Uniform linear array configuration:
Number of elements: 12
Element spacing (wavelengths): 0.75
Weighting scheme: blackman
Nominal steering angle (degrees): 0
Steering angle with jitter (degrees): -1.613
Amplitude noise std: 0.05
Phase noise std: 0.05

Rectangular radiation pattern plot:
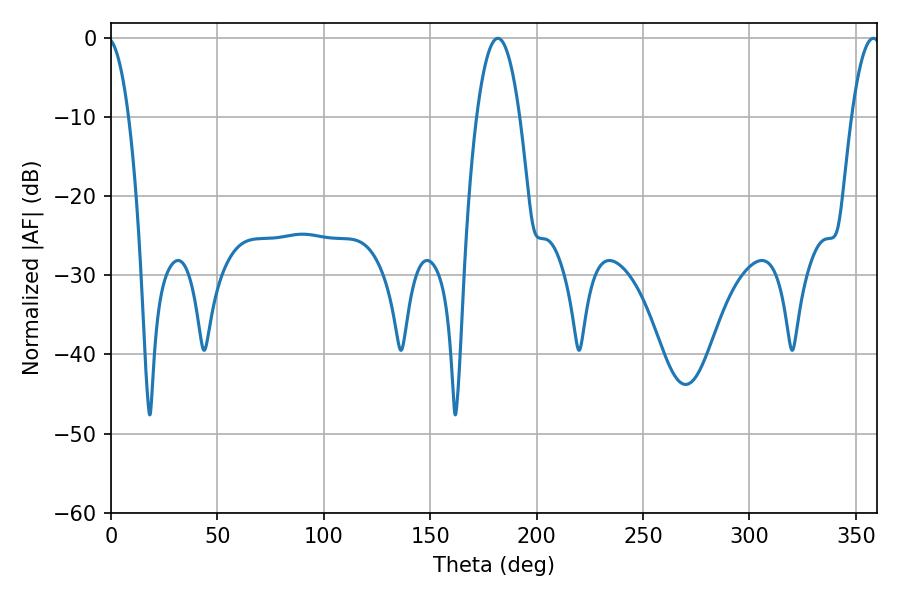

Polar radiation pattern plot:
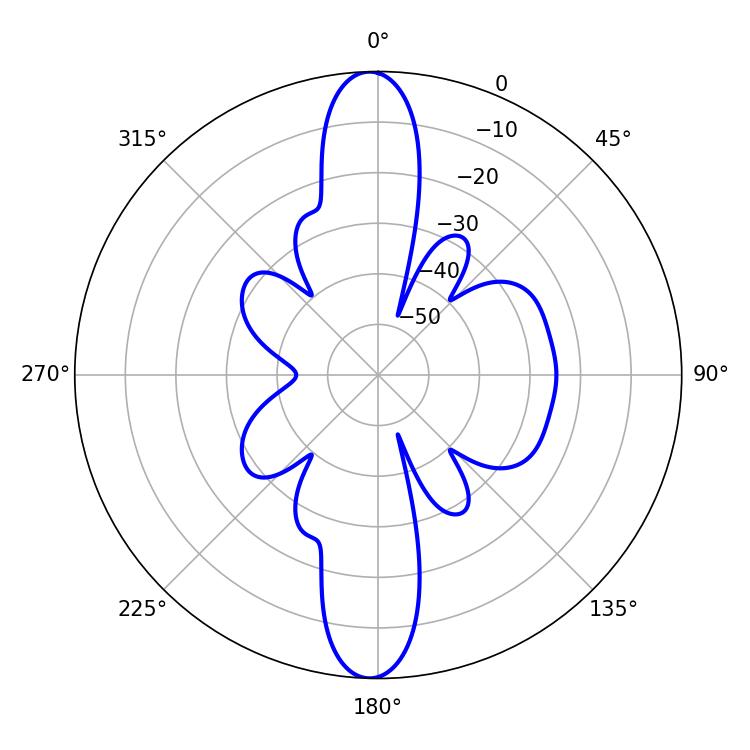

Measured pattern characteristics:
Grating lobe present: TRUE
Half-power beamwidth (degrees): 11.16
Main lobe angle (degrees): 181.8